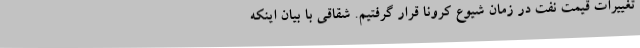
تغییرات قیمت نفت در زمان شیوع کرونا قرار گرفتیم. شقاقی با بیان اینکه